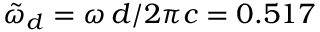
\tilde { \omega } _ { d } = \omega \, d / 2 \pi c = 0 . 5 1 7